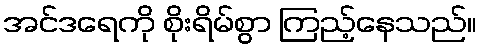
အင်ဒရေကို စိုးရိမ်စွာ ကြည့်နေသည်။